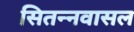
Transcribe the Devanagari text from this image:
सितन्नवासल